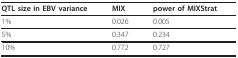
<table><thead><tr><td><b>QTL size in EBV variance</b></td><td><b>MIX</b></td><td><b>power of MIXStrat</b></td></tr></thead><tbody><tr><td>1%</td><td>0.026</td><td>0.005</td></tr><tr><td>5%</td><td>0.347</td><td>0.234</td></tr><tr><td>10%</td><td>0.772</td><td>0.727</td></tr></tbody></table>